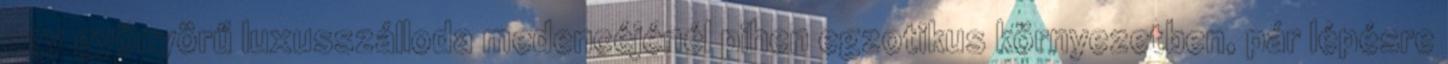
egy gyönyörű luxusszálloda medencéjénél pihen egzotikus környezetben, pár lépésre